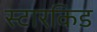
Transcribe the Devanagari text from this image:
स्टारकिड